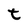
Character: t